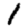
Digit: 1